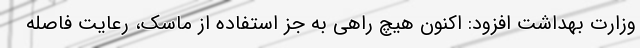
وزارت بهداشت افزود: اکنون هیچ راهی به جز استفاده از ماسک، رعایت فاصله